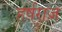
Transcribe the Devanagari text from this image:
हर्षराज